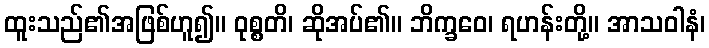
ထူးသည်၏အဖြစ်ဟူ၍။ ဝုစ္စတိ၊ ဆိုအပ်၏။ ဘိက္ခဝေ၊ ရဟန်းတို့။ အာသဝါနံ၊